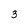
Character: 3